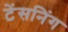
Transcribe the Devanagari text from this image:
टेंसनिंग